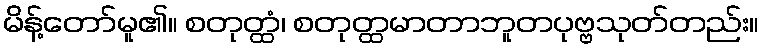
မိန့်တော်မူ၏။ စတုတ္ထံ၊ စတုတ္ထမာတာဘူတပုဗ္ဗသုတ်တည်း။